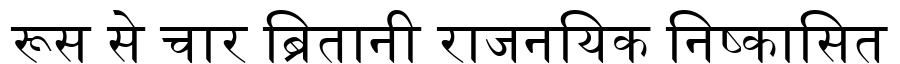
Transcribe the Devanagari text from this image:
रूस से चार ब्रितानी राजनयिक निष्कासित